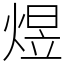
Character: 煜